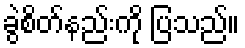
ခွဲစိတ်နည်းကို ပြသည်။